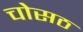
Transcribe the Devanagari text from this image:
चोसठ